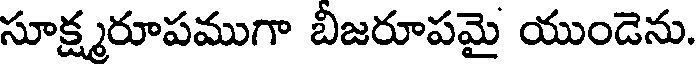
సూక్ష్మరూపముగా బీజరూపమై యుండెను.